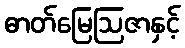
ဓာတ်မြေဩဇာနှင့်